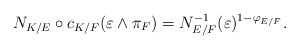
\begin{align*} N_{K/E}\circ c_{K/F}(\varepsilon\wedge\pi_F)=N_{E/F}^{-1}(\varepsilon)^{1-\varphi_{E/F}}.\end{align*}